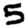
Digit: 5